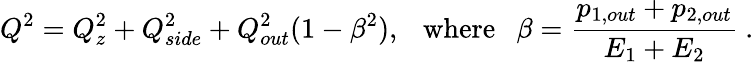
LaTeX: Q^{2}=Q_{z}^{2}+Q_{side}^{2}+Q_{out}^{2}(1-\beta^{2}),\ \ \ \mathrm{{where}}\ \ \ \beta=\frac{p_{1,out}+p_{2,out}}{E_{1}+E_{2}}\ .